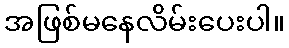
အဖြစ်မနေလိမ်းပေးပါ။